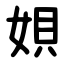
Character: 㛝